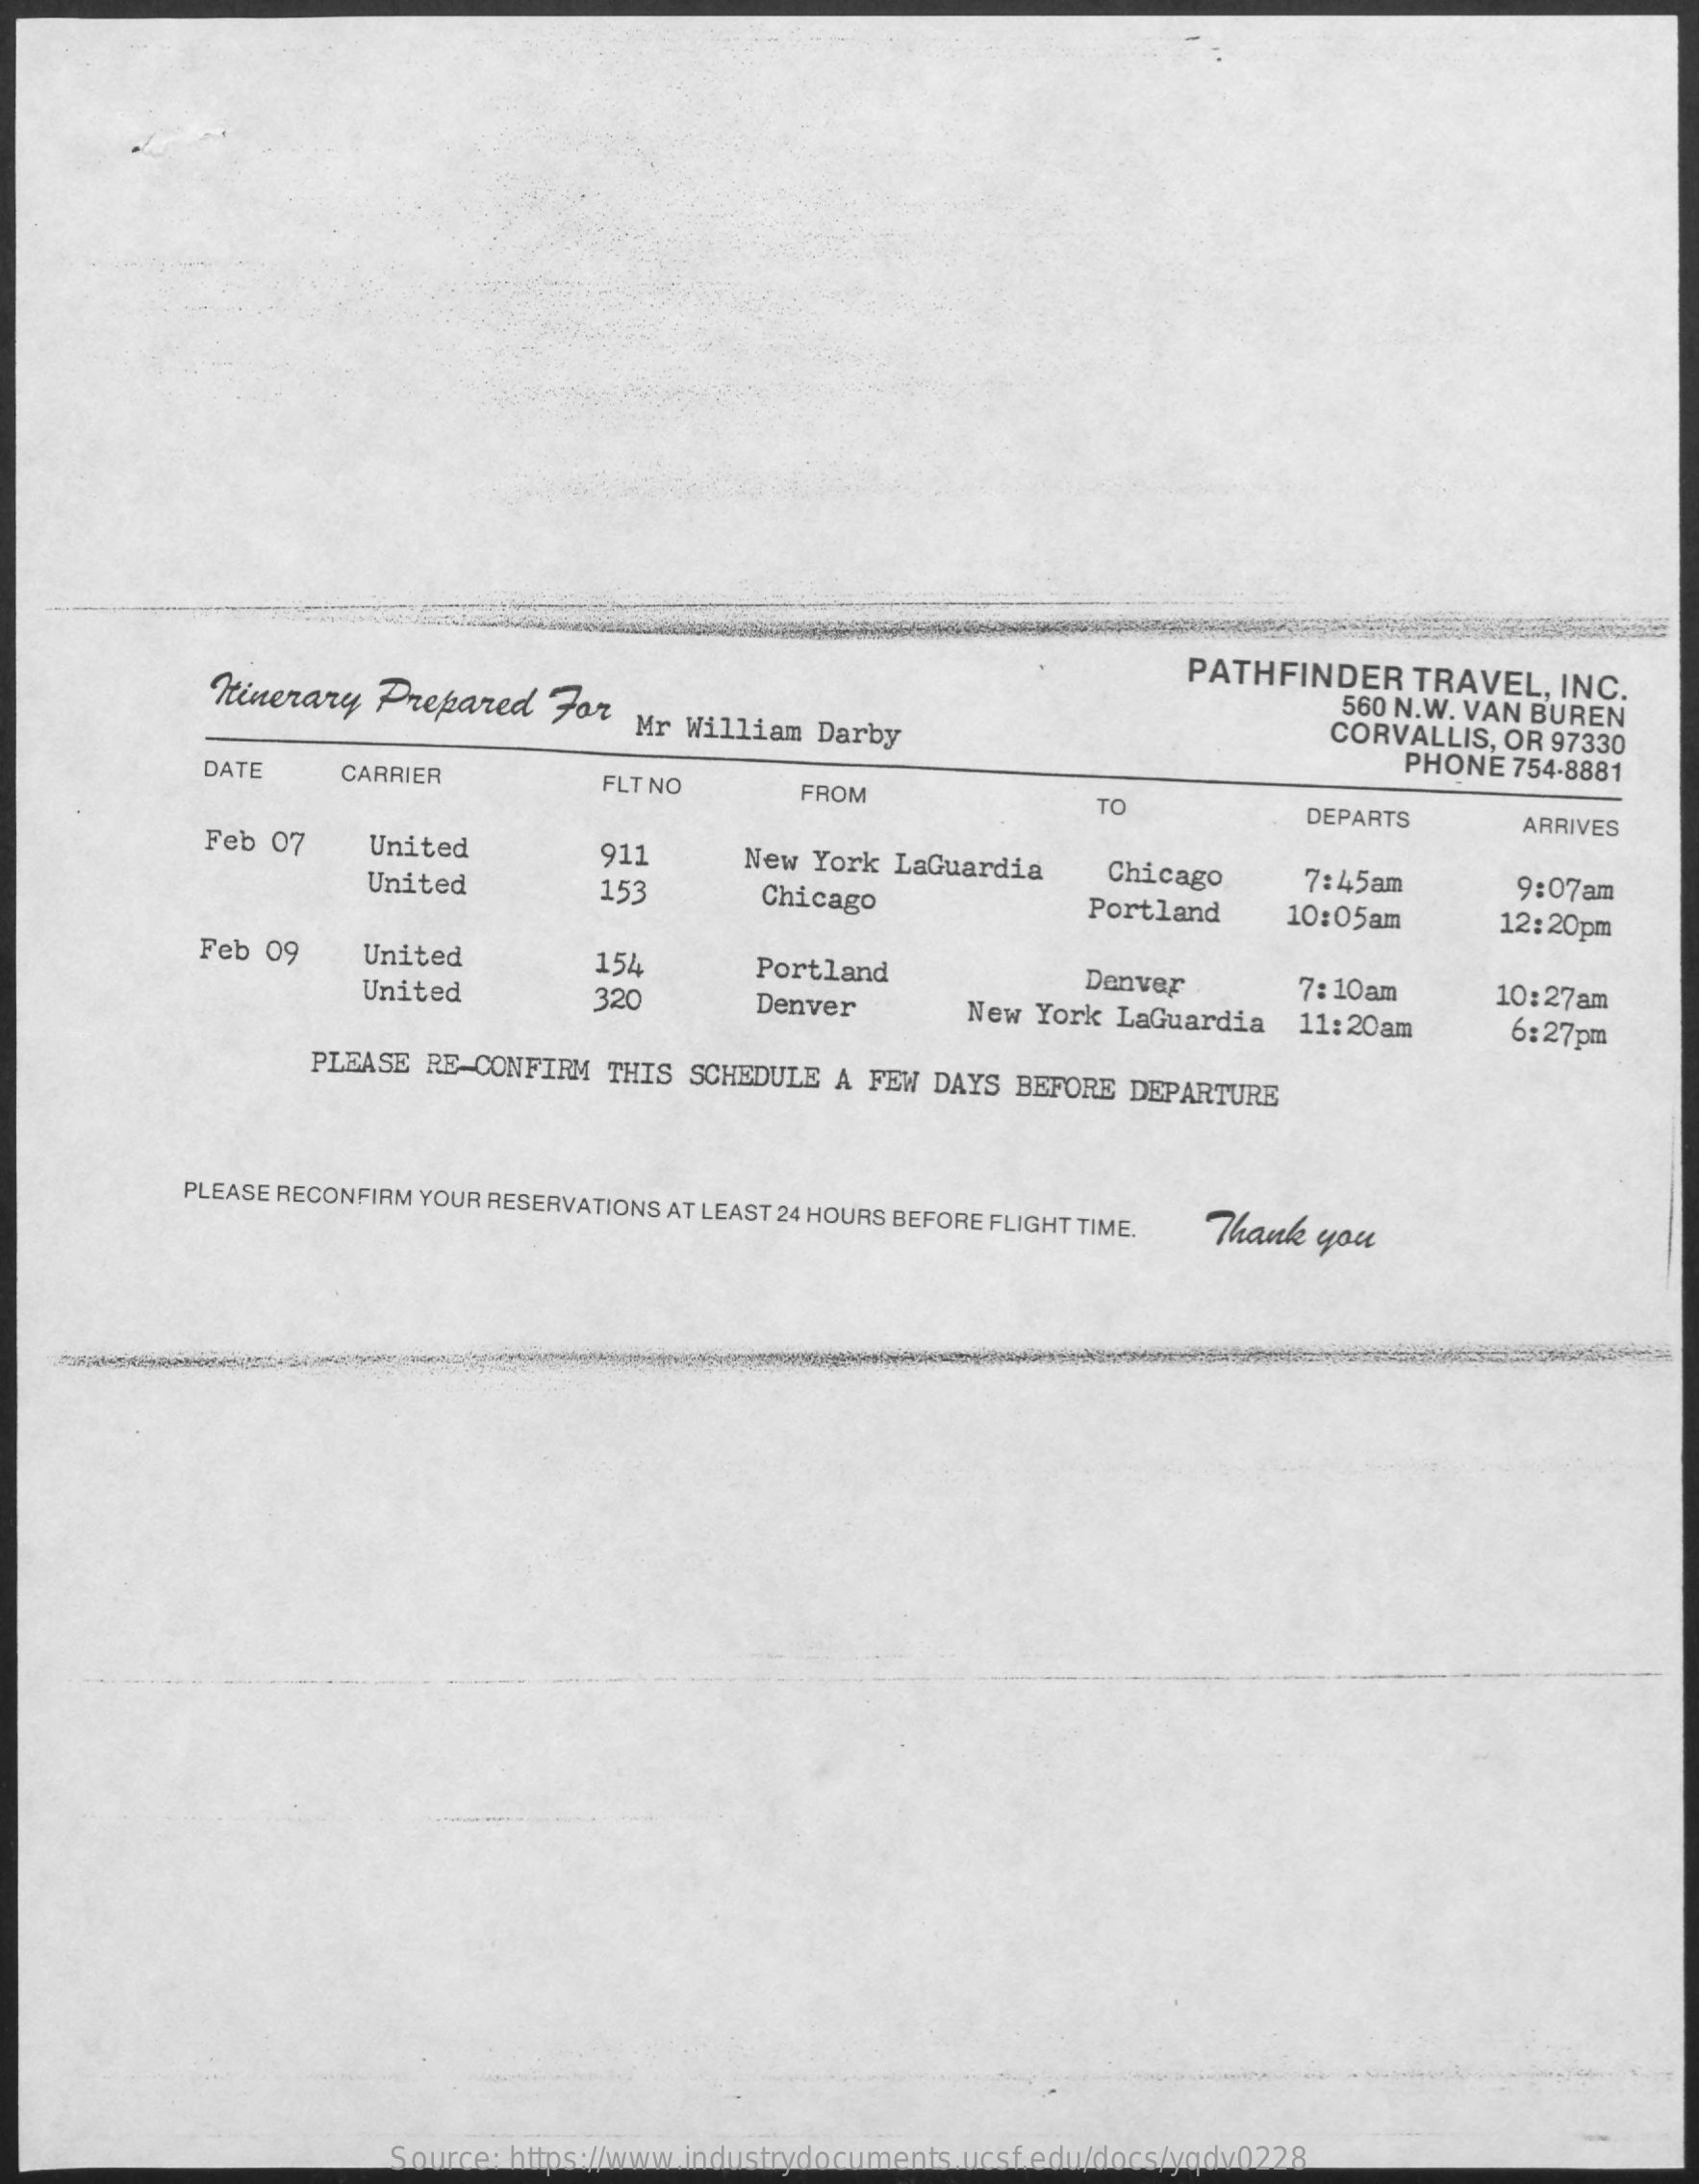
PATHFINDER    TRAVEL,  INC. Minerary Prepared For 560 N.W. VAN BUREN Mr William Darby CORVALLIS, OR 97330
     PHONE  754-8881 DATE CARRIER FLT NO FROM
     TO    DEPARTS    ARRIVES
     Feb 07    United    911    New York LaGuardia    Chicago    7:45am    9:07am United 153 Chicago Portland 10:05am 12:20pm
     Feb 09    United    154    Portland    Denver    7: 10am    10:27am United 320 Denver New York LaGuardia 11:20am 6:27pm
     PLEASE RE-CONFIRM  THIS SCHEDULE A FEW DAYS BEFORE DEPARTURE
     PLEASE RECONFIRM YOUR RESERVATIONS AT LEAST 24 HOURS BEFORE FLIGHT TIME. Thank you
     Source: https://www.industrydocuments.ucsf.edu/docs/yqdv0228